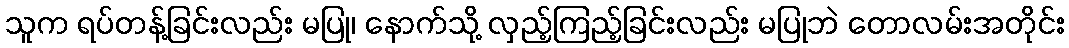
သူက ရပ်တန့်ခြင်းလည်း မပြု၊ နောက်သို့ လှည့်ကြည့်ခြင်းလည်း မပြုဘဲ တောလမ်းအတိုင်း